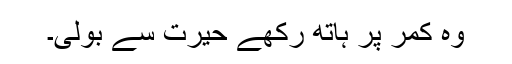
وہ کمر پر ہاتھ رکھے حیرت سے بولی۔